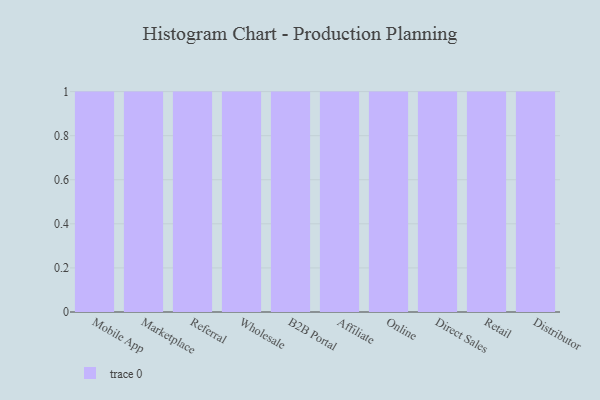
{"axis": {"x": "Channel", "y": "Headcount"}, "legend": [""], "data": [{"x": "Mobile App", "y": 21, "type": ""}, {"x": "Marketplace", "y": 32, "type": ""}, {"x": "Referral", "y": 74, "type": ""}, {"x": "Wholesale", "y": 12, "type": ""}, {"x": "B2B Portal", "y": 83, "type": ""}, {"x": "Affiliate", "y": 24, "type": ""}, {"x": "Online", "y": 83, "type": ""}, {"x": "Direct Sales", "y": 40, "type": ""}, {"x": "Retail", "y": 28, "type": ""}, {"x": "Distributor", "y": 88, "type": ""}]}